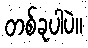
တစ်ခုပါပဲ။